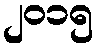
၂၀၁၅